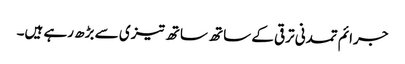
جرائم تمدنی ترقی کے ساتھ ساتھ تیزی سے بڑھ رہے ہیں۔